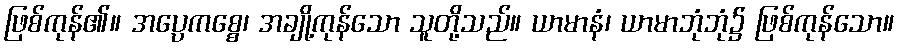
ဖြစ်ကုန်၏။ အပ္ပေကစ္စေ၊ အချို့ကုန်သော သူတို့သည်။ ယာမာနံ၊ ယာမာဘုံဘုံ၌ ဖြစ်ကုန်သော။